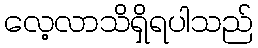
လေ့လာသိရှိရပါသည်